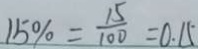
1 5 \% = \frac { 1 5 } { 1 0 0 } = 0 . 1 5